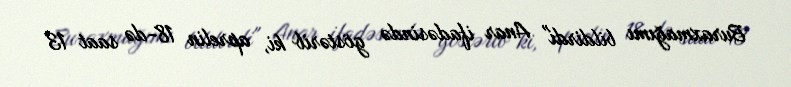
Buraxmağımı bildirdi" Anar ifadəsində göstərib ki, aprelin 18-də saat 13